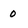
Character: 0